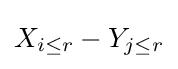
X_{i\leq r}-Y_{j\leq r}